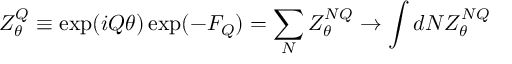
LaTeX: Z _ { \theta } ^ { Q } \equiv \exp ( i Q \theta ) \exp ( - F _ { Q } ) = \sum _ { N } Z _ { \theta } ^ { N Q } \rightarrow \int d N Z _ { \theta } ^ { N Q }